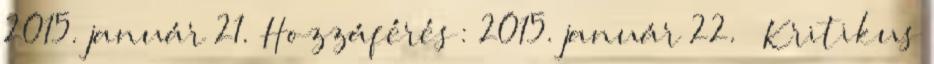
2015. január 21. Hozzáférés: 2015. január 22. ↑ Kritikus